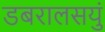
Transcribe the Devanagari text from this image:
डबरालसयुं